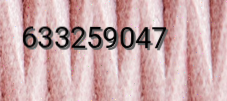
633259047